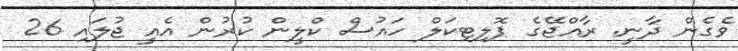
ވެގެން ދާނީ. ރާއްޖޭގެ ޕޮލިޓިކަލް ހައުސް ކްލީން ކުރުން އެއީ ޖުލައި 26